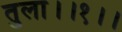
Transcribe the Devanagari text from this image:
तुला।।१।।